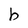
Character: b